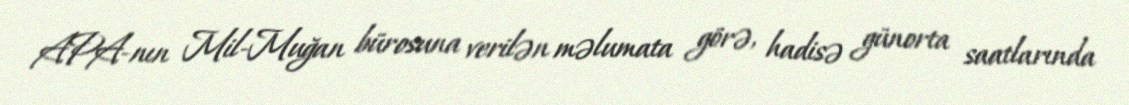
APA-nın Mil-Muğan bürosuna verilən məlumata görə, hadisə günorta saatlarında